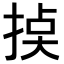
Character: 𢮸